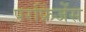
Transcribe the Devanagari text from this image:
परफ्रिंजेंस